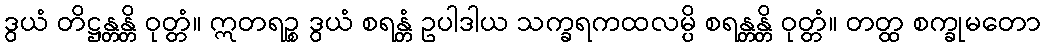
ဒွယံ တိဋ္ဌန္တန္တိ ဝုတ္တံ။ ဣတရဉ္စ ဒွယံ စရန္တံ ဥပါဒါယ သက္ခရကထလမ္ပိ စရန္တန္တိ ဝုတ္တံ။ တတ္ထ စက္ခုမတော